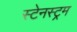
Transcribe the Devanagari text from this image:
स्टेनस्ट्रम